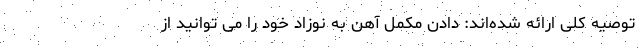
توصیه کلی ارائه شده‌اند: دادن مکمل آهن به نوزاد خود را می توانید از